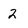
Character: 2